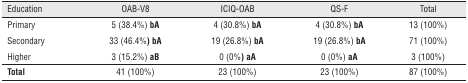
| Education | OAB-V8 | ICIQ-OAB | QS-F | Total |
 | --- | --- | --- | --- | --- |
 | Primary | 5 (38.4%) bA | 4 (30.8%) bA | 4 (30.8%) bA | 13 (100%) |
 | Secondary | 33 (46.4%) bA | 19 (26.8%) bA | 19 (26.8%) bA | 71 (100%) |
 | Higher | 3 (15.2%) aB | 0 (0%) aA | 0 (0%) aA | 3 (100%) |
 | Total | 41 (100%) | 23 (100%) | 23 (100%) | 87 (100%) |